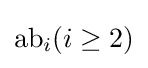
\mathrm {ab} _{i}(i\geq 2)